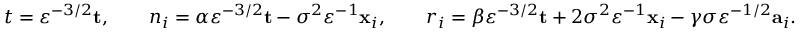
t = \varepsilon ^ { - 3 / 2 } \mathbf { t } , \qquad n _ { i } = \alpha \varepsilon ^ { - 3 / 2 } \mathbf { t } - \sigma ^ { 2 } \varepsilon ^ { - 1 } \mathbf { x } _ { i } , \qquad r _ { i } = \beta \varepsilon ^ { - 3 / 2 } \mathbf { t } + 2 \sigma ^ { 2 } \varepsilon ^ { - 1 } \mathbf { x } _ { i } - \gamma \sigma \varepsilon ^ { - 1 / 2 } \mathbf { a } _ { i } .